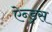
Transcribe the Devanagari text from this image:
ऐन्ड्रस